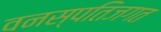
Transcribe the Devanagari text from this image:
वनस्पतिजगत